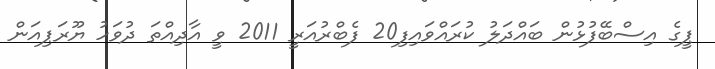
ޕީގެ އިސްބޭފުޅުން ބައްދަލު ކުރައްވައިފި20 ފެބްރުއަރީ 2011 ވީ އާދިއްތަ ދުވަހު ޔޫރަޕިއަން